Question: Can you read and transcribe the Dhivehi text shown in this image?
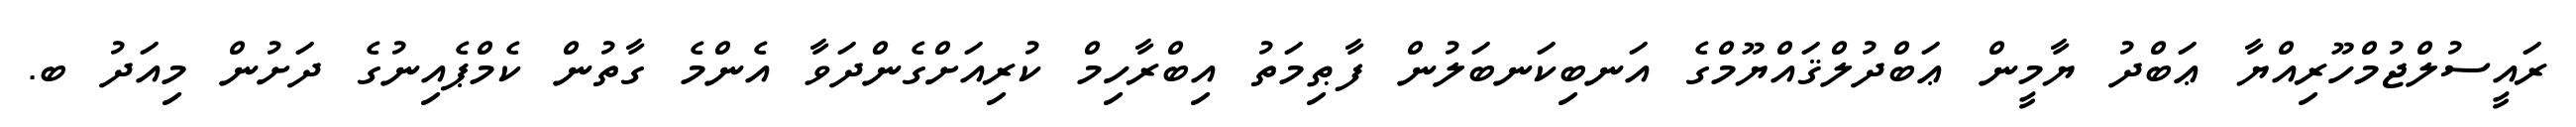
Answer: ރައީސުލްޖުމްހޫރިއްޔާ ޢަބްދު ޔާމީން ޢަބްދުލްޤައްޔޫމްގެ އަނބިކަނބަލުން ފާޠިމަތު އިބްރާހިމް ކުރިއަށްގެންދަވާ އެންމެ ގާތުން ކެމްޕެއިނުގެ ދަށުން މިއަދު ބ.